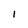
Character: I